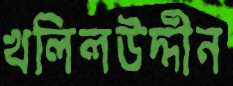
খলিলউদ্দীন